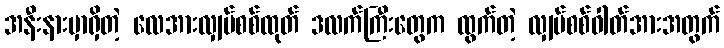
အနီးနားမှာရှိတဲ့ လေအားလျှပ်စစ်ထုတ် ဒလက်ကြီးတွေက ထွက်တဲ့ လျှပ်စစ်ဓါတ်အားအတွက်